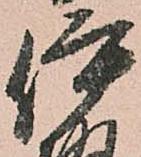
伊